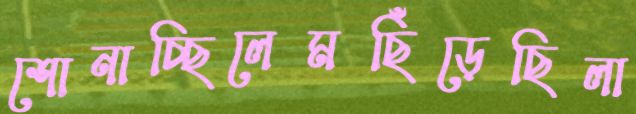
শোনাচ্ছিলেমছিঁড়েছিলা